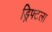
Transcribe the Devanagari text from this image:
ड्रिफ्टला